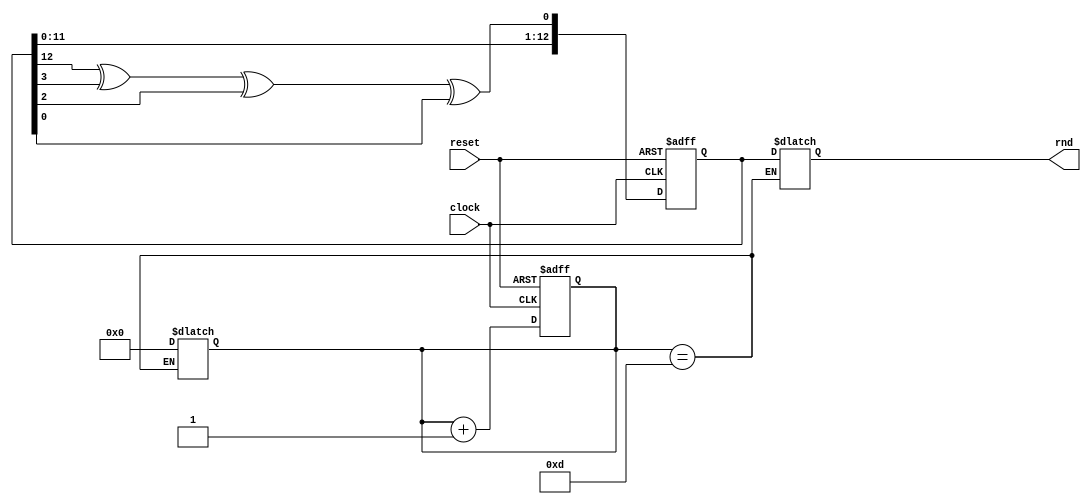
module LFSR (
    input clock,
    input reset,
    output [12:0] rnd 
    );
reg [12:0] random, random_next, random_done;
wire feedback = random[12] ^ random[3] ^ random[2] ^ random[0]; 
reg [3:0] count, count_next; //to keep track of the shifts
 
always @ (posedge clock or posedge reset)
begin
 if (reset)
 begin
  random <= 13'hF; //An LFSR cannot have an all 0 state, thus reset to FF
  count <= 0;
 end
  
 else
 begin
  random <= random_next;
  count <= count_next;
 end
end
 
always @ (*)
begin
 random_next = random; //default state stays the same
 count_next = count;
   
  random_next = {random[11:0], feedback}; //shift left the xor'd every posedge clock
  count_next = count + 1;
 
 if (count == 13)
 begin
  count = 0;
  random_done = random; //assign the random number to output after 13 shifts
 end
  
end
 
 
assign rnd = random_done;
 
endmodule